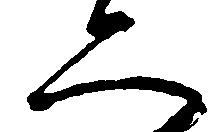
二